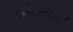
ઓઝિરિસની